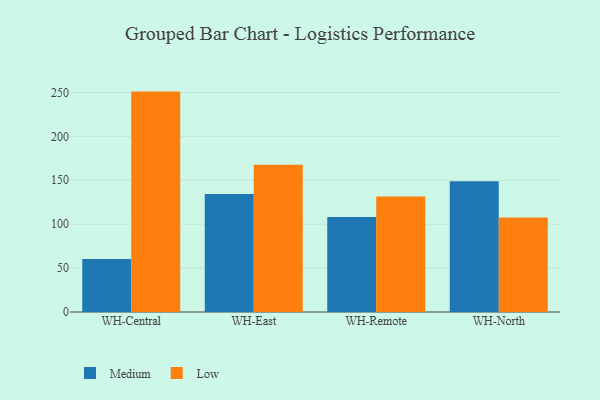
{"axis": {"x": "Warehouse", "y": "Temperature (°C)"}, "legend": ["Low", "Medium"], "data": [{"x": "WH-Central", "y": 60.3, "type": "Medium"}, {"x": "WH-Central", "y": 251.0, "type": "Low"}, {"x": "WH-East", "y": 134.4, "type": "Medium"}, {"x": "WH-East", "y": 167.6, "type": "Low"}, {"x": "WH-Remote", "y": 108.2, "type": "Medium"}, {"x": "WH-Remote", "y": 131.6, "type": "Low"}, {"x": "WH-North", "y": 148.9, "type": "Medium"}, {"x": "WH-North", "y": 107.5, "type": "Low"}]}